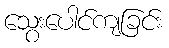
သွေးပေါင်ကျခြင်း